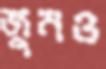
জুনও